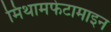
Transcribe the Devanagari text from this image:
मिथामफेटामाइन